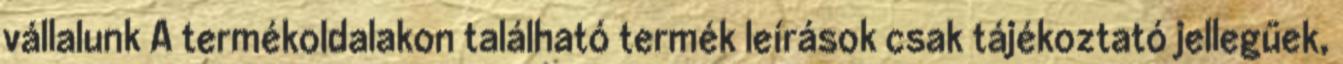
vállalunk A termékoldalakon található termék leírások csak tájékoztató jellegűek,